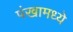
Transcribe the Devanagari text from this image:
पंखामध्ये